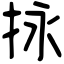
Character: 𢫕